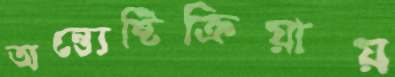
অন্ত্যেষ্টিক্রিয়ায়